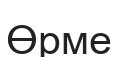
Өрме